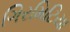
ગિરમિટિયા